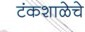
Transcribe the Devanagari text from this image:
टंकशाळेचे